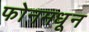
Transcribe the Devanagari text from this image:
फोनमधून